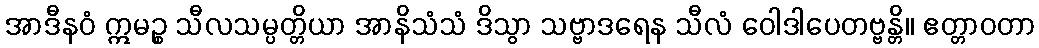
အာဒီနဝံ ဣမဉ္စ သီလသမ္ပတ္တိယာ အာနိသံသံ ဒိသွာ သဗ္ဗာဒရေန သီလံ ဝေါဒါပေတဗ္ဗန္တိ။ ဧတ္တာဝတာ